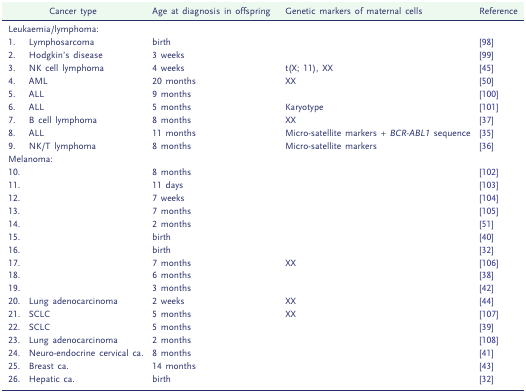
<table><thead><tr><td colspan="2"><b>Cancer type</b></td><td><b>Age at diagnosis in offspring</b></td><td><b>Genetic markers of maternal cells</b></td><td><b>Reference</b></td></tr></thead><tbody><tr><td colspan="2">Leukaemia/lymphoma:</td><td>[EMPTY_CELL]</td><td>[EMPTY_CELL]</td><td>[EMPTY_CELL]</td></tr><tr><td>1.</td><td>Lymphosarcoma</td><td>birth</td><td>[EMPTY_CELL]</td><td>[98]</td></tr><tr><td>2.</td><td>Hodgkin’s disease</td><td>3 weeks</td><td>[EMPTY_CELL]</td><td>[99]</td></tr><tr><td>3.</td><td>NK cell lymphoma</td><td>4 weeks</td><td>t(X; 11), XX</td><td>[45]</td></tr><tr><td>4.</td><td>AML</td><td>20 months</td><td>XX</td><td>[50]</td></tr><tr><td>5.</td><td>ALL</td><td>9 months</td><td>[EMPTY_CELL]</td><td>[100]</td></tr><tr><td>6.</td><td>ALL</td><td>5 months</td><td>Karyotype</td><td>[101]</td></tr><tr><td>7.</td><td>B cell lymphoma</td><td>8 months</td><td>XX</td><td>[37]</td></tr><tr><td>8.</td><td>ALL</td><td>11 months</td><td>Micro-satellite markers + <i>BCR-ABL1</i> sequence</td><td>[35]</td></tr><tr><td>9.</td><td>NK/T lymphoma</td><td>8 months</td><td>Micro-satellite markers</td><td>[36]</td></tr><tr><td colspan="2">Melanoma:</td><td>[EMPTY_CELL]</td><td>[EMPTY_CELL]</td><td>[EMPTY_CELL]</td></tr><tr><td>10.</td><td>[EMPTY_CELL]</td><td>8 months</td><td>[EMPTY_CELL]</td><td>[102]</td></tr><tr><td>11.</td><td>[EMPTY_CELL]</td><td>11 days</td><td>[EMPTY_CELL]</td><td>[103]</td></tr><tr><td>12.</td><td>[EMPTY_CELL]</td><td>7 weeks</td><td>[EMPTY_CELL]</td><td>[104]</td></tr><tr><td>13.</td><td>[EMPTY_CELL]</td><td>7 months</td><td>[EMPTY_CELL]</td><td>[105]</td></tr><tr><td>14.</td><td>[EMPTY_CELL]</td><td>2 months</td><td>[EMPTY_CELL]</td><td>[51]</td></tr><tr><td>15.</td><td>[EMPTY_CELL]</td><td>birth</td><td>[EMPTY_CELL]</td><td>[40]</td></tr><tr><td>16.</td><td>[EMPTY_CELL]</td><td>birth</td><td>[EMPTY_CELL]</td><td>[32]</td></tr><tr><td>17.</td><td>[EMPTY_CELL]</td><td>7 months</td><td>XX</td><td>[106]</td></tr><tr><td>18.</td><td>[EMPTY_CELL]</td><td>6 months</td><td>[EMPTY_CELL]</td><td>[38]</td></tr><tr><td>19.</td><td>[EMPTY_CELL]</td><td>3 months</td><td>[EMPTY_CELL]</td><td>[42]</td></tr><tr><td>20.</td><td>Lung adenocarcinoma</td><td>2 weeks</td><td>XX</td><td>[44]</td></tr><tr><td>21.</td><td>SCLC</td><td>5 months</td><td>XX</td><td>[107]</td></tr><tr><td>22.</td><td>SCLC</td><td>5 months</td><td>[EMPTY_CELL]</td><td>[39]</td></tr><tr><td>23.</td><td>Lung adenocarcinoma</td><td>2 months</td><td>[EMPTY_CELL]</td><td>[108]</td></tr><tr><td>24.</td><td>Neuro-endocrine cervical ca.</td><td>8 months</td><td>[EMPTY_CELL]</td><td>[41]</td></tr><tr><td>25.</td><td>Breast ca.</td><td>14 months</td><td>[EMPTY_CELL]</td><td>[43]</td></tr><tr><td>26.</td><td>Hepatic ca.</td><td>birth</td><td>[EMPTY_CELL]</td><td>[32]</td></tr></tbody></table>